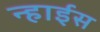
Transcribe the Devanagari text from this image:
न्हाईस